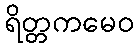
ရိတ္တကမေဝ